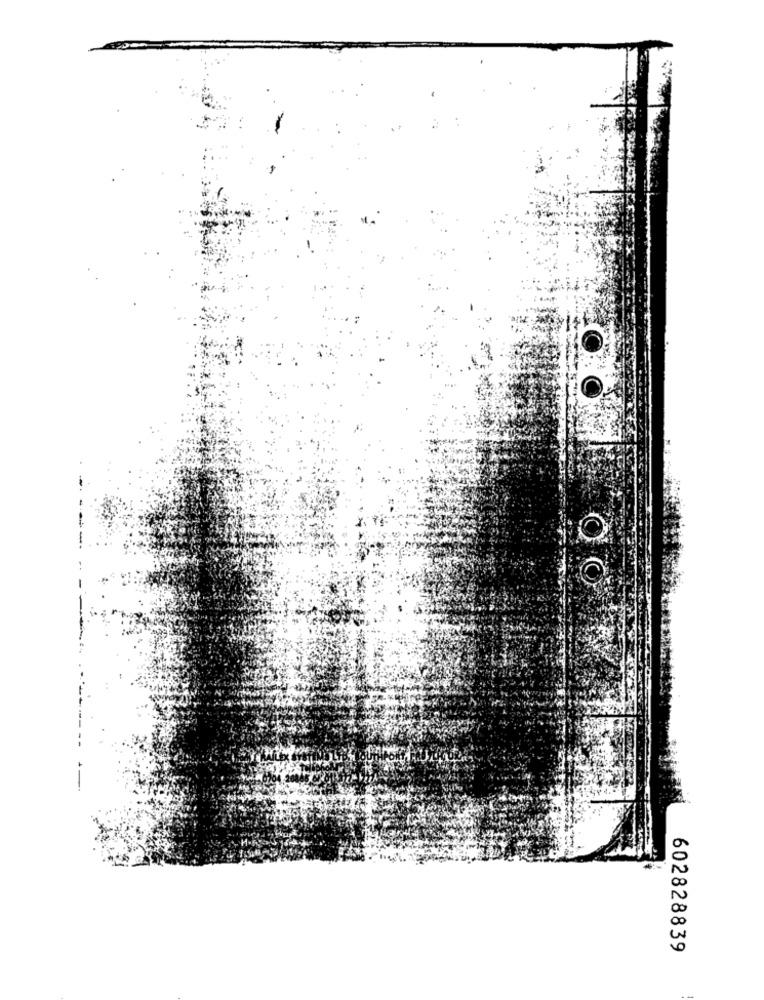
602828839